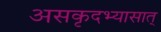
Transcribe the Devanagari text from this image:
असकृदभ्यासात्‌